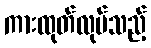
ကားထုတ်လုပ်သည့်